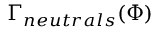
\Gamma _ { n e u t r a l s } ( \Phi )